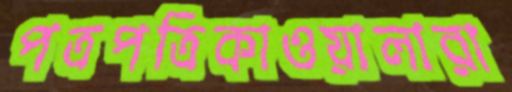
পত্রপত্রিকাওয়ালারা